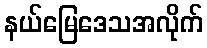
နယ်မြေဒေသအလိုက်